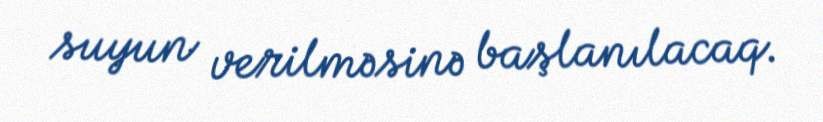
suyun verilməsinə başlanılacaq.